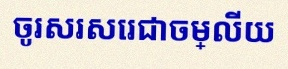
ចូរសរសេរជាចម្លើយ